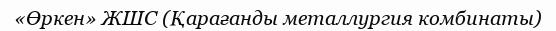
«Өркен» ЖШС (Қарағанды металлургия комбинаты)